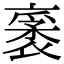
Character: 𧛙